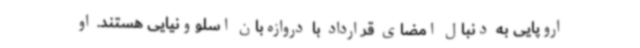
اروپایی به دنبال امضای قرارداد با دروازه‌بان اسلوونیایی هستند. او